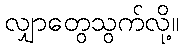
လျှာတွေသွက်လို့။